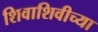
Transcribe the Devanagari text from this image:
शिवाशिवीच्या